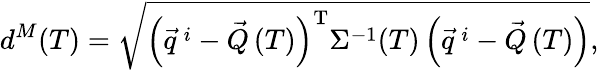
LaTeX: d^{M}(T)=\sqrt{\left(\vec{q}^{\ i}-\vec{Q}\left(T\right)\right)^{\textrm{T}}\Sigma^{-1}(T)\left(\vec{q}^{\ i}-\vec{Q}\left(T\right)\right)},